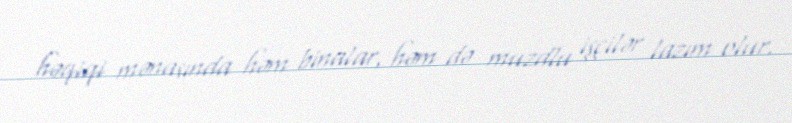
həqiqi mənasında həm binalar, həm də muzdlu işçilər lazım olur.